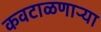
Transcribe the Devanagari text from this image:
कवटाळणाऱ्या